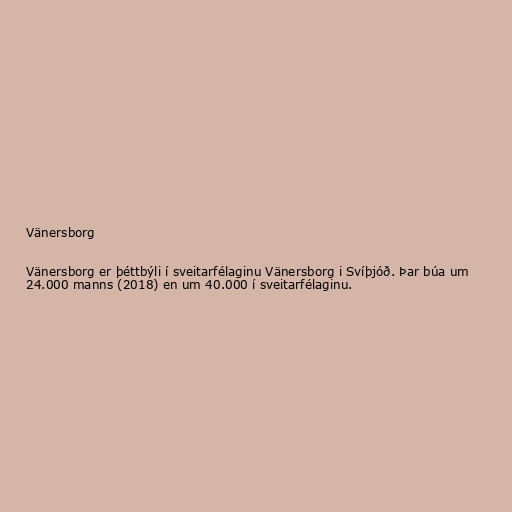
Vänersborg

Vänersborg er þéttbýli í sveitarfélaginu Vänersborg i Svíþjóð. Þar búa um
24.000 manns (2018) en um 40.000 í sveitarfélaginu.